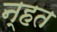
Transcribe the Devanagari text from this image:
न्हत